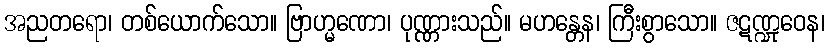
အညတရော၊ တစ်ယောက်သော။ ဗြာဟ္မဏော၊ ပုဏ္ဏားသည်။ မဟန္တေန၊ ကြီးစွာသော။ ဇဋဏ္ဍုဝေန၊